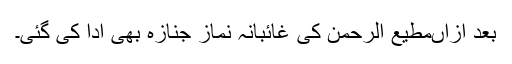
بعد ازاںمطیع الرحمن کی غائبانہ نماز جنازہ بھی ادا کی گئی۔